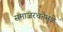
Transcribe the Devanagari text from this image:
समाजरचनेमुळे